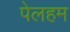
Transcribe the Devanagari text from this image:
पेलहम